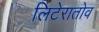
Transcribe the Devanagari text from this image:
लिटेरातोव